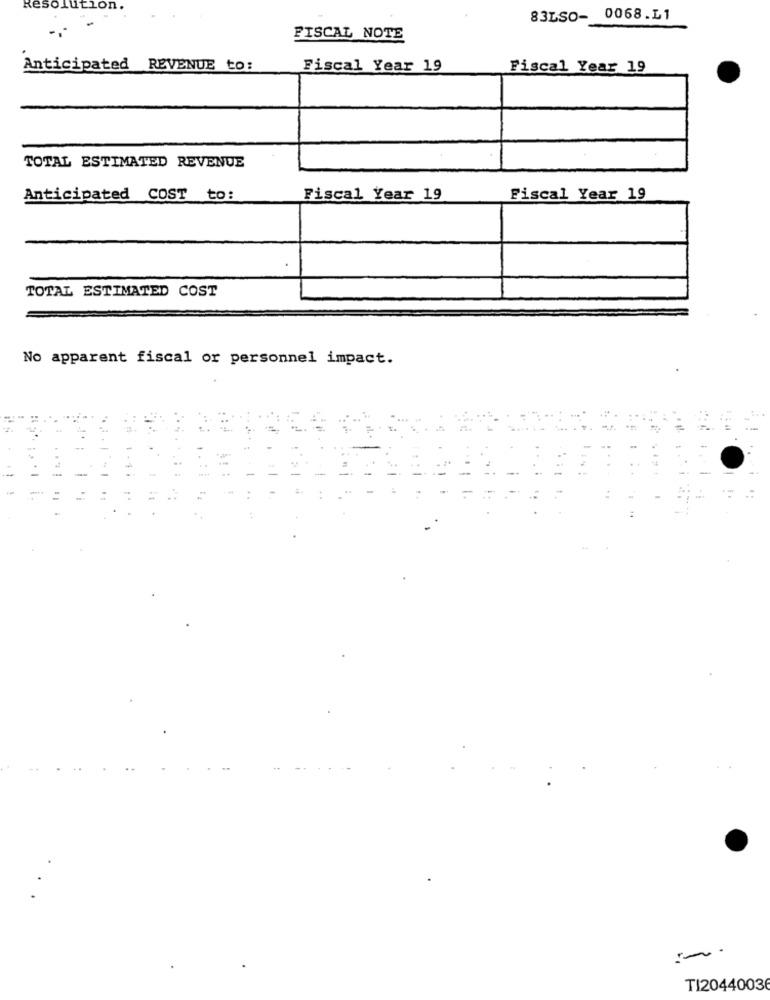
Resolution
83LSO- 0068.L1
FISCAL NOTE
Anticipated REVENUE to:
Fiscal Year 19
Fiscal Year 19
TOTAL ESTIMATED REVENUE
Anticipated COST to:
Fiscal Year 19
Fiscal Year 19
TOTAL ESTIMATED COST
No apparent fiscal or personnel impact.
TI20440036